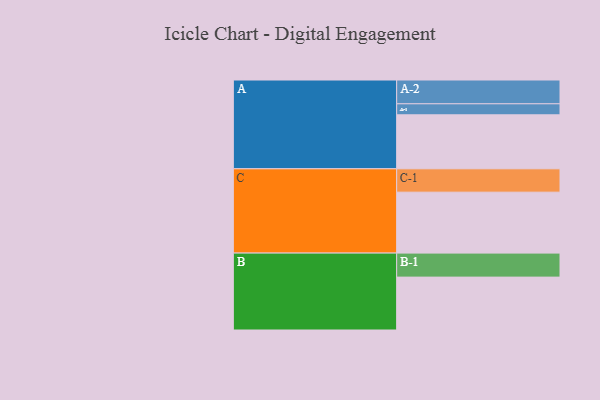
{"axis": {"x": "Segment", "y": "Value"}, "legend": ["", "A", "B", "C"], "data": [{"x": "A", "y": 490, "type": ""}, {"x": "B", "y": 480, "type": ""}, {"x": "C", "y": 553, "type": ""}, {"x": "A-1", "y": 100, "type": "A"}, {"x": "A-2", "y": 216, "type": "A"}, {"x": "B-1", "y": 218, "type": "B"}, {"x": "C-1", "y": 212, "type": "C"}]}